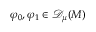
\varphi _ { 0 } , \varphi _ { 1 } \in { \mathscr { D } _ { \mu } ( M ) }